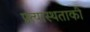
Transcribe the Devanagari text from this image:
प्रत्यास्थताकी